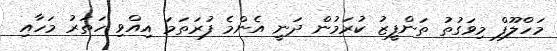
މަހްލޫފް މިވަގުތު ތަންފީޒު ކުރަމުން ދަނީ އެންމެ ފުރަތަމަ އިއްވި ހަތަރު މަހާއި